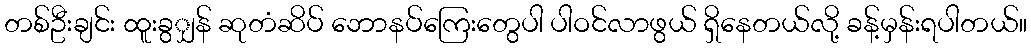
တစ်ဦးချင်း ထူးခွျှန် ဆုတံဆိပ် ဘောနပ်ကြေးတွေပါ ပါဝင်လာဖွယ် ရှိနေတယ်လို့ ခန့်မှန်းရပါတယ်။